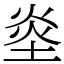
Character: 烾